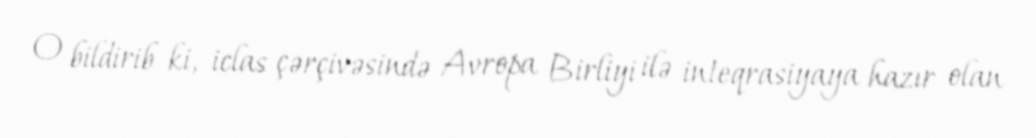
O bildirib ki, iclas çərçivəsində Avropa Birliyi ilə inteqrasiyaya hazır olan